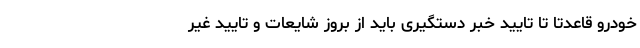
خودرو قاعدتا تا تایید خبر دستگیری باید از بروز شایعات و تایید غیر